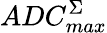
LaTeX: ADC_{max}^{\Sigma}